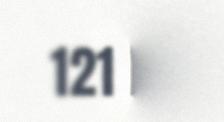
121 lea